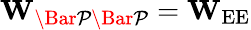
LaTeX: \mathbf{W}_{\mathcal{\Bar{P}\Bar{P}}}=\mathbf{W}_{\mathrm{EE}}